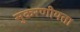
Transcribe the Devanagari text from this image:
सुकरणीयता